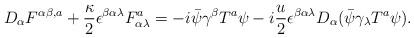
LaTeX: \begin{align*}D_{\alpha}{ F}^{\alpha \beta ,a} +\frac{\kappa}{2} \epsilon^{\beta\alpha \lambda}{ F}_{\alpha \lambda} ^a = -i\bar\psi\gamma^{\beta}{ T}^a\psi -i\frac{u}{2} \epsilon^{\beta \alpha \lambda} D_{\alpha}(\bar\psi\gamma_{\lambda} { T}^a \psi).\end{align*}